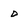
Character: D